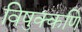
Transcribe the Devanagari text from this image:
विषुक्कणि